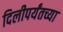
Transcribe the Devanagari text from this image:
दिलीपर्यंतच्या